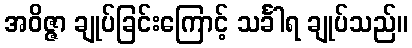
အဝိဇ္ဇာ ချုပ်ခြင်းကြောင့် သင်္ခါရ ချုပ်သည်။